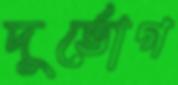
দুর্ভোগ